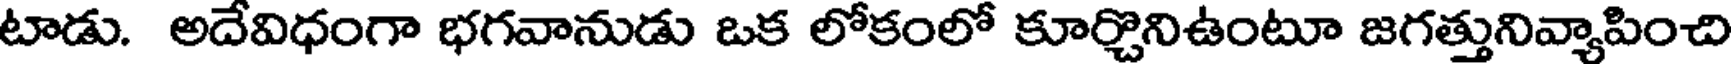
టాడు. అదేవిధంగా భగవానుడు ఒక లోకంలో కూర్చొనిఉంటూ జగత్తునివ్యాపించి